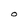
Character: O